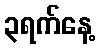
၃ရက်နေ့